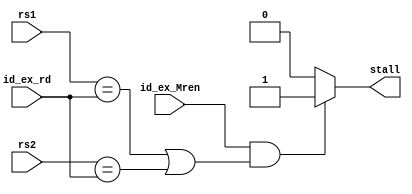
module Hazard(
	input	[4:0]	rs1,
	input	[4:0]	rs2,
	input	[4:0]	id_ex_rd,
	input			id_ex_Mren,
	output			stall
);
	assign stall = (id_ex_Mren && (rs1 == id_ex_rd || rs2 == id_ex_rd)?1'b1:1'b0);
endmodule